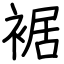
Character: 裾